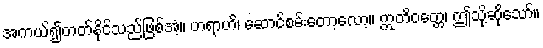
အကယ်၍တတ်နိုင်သည်ဖြစ်အံ့။ ဟရာဟိ၊ ဆောင်စမ်းတော့လော့။ ဣတိဝတ္တေ၊ ဤသို့ဆိုသော်။